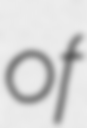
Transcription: of